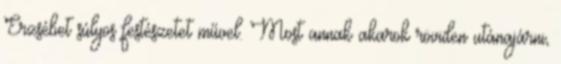
Erzsébet súlyos festészetet művel. Most annak akarok röviden utánajárni,